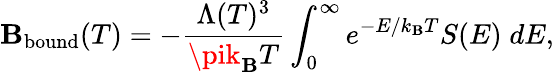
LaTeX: \mathbf{B}_{\mathrm{{bound}}}(T)=-\frac{{\Lambda(T)^{3}}}{{\pik_{\mathrm{{\mathbf{B}}}}T}}\int_{0}^{\infty}e^{-E/k_{\mathrm{{\mathbf{B}}}}T}S(E)\; dE,